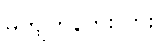
မကျကုန်ဘူးလား။